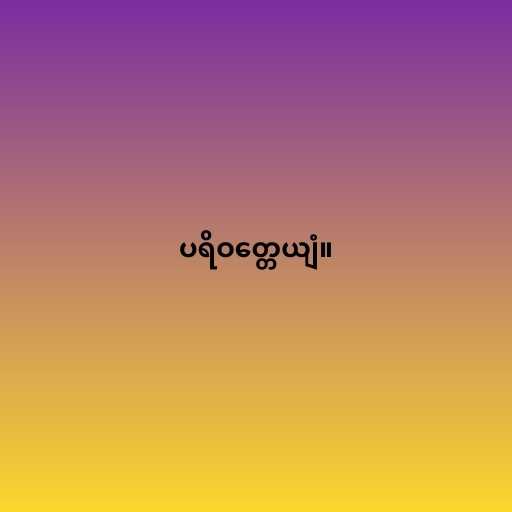
ပရိဝတ္တေယျံ။